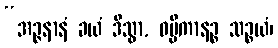
“အဉ္ဇနာနံ ခယံ ဒိသွာ, ဝမ္မိကာနဉ္စ သဉ္စယံ၊